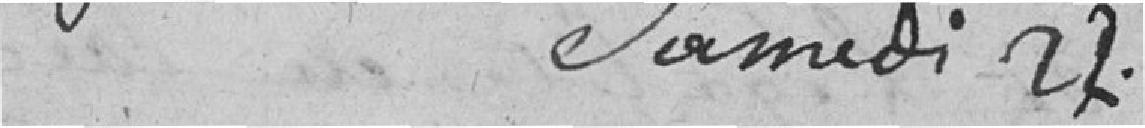
samedi 22